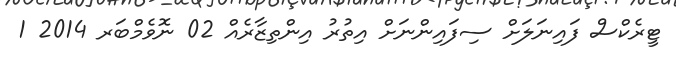
ޓީރެކްސް ފައިނަލަށް ސިފައިންނަށް އިތުރު އިންތިޒާރެއް 02 ނޮވެމްބަރ 2014 1